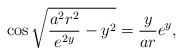
\begin{align*}\cos \sqrt{\frac{a^{2}r^{2}}{e^{2y}}-y^{2}}=\frac{y}{ar}e^{y},\end{align*}